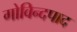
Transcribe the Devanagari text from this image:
गोविन्दपाद